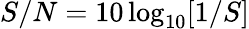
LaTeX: S/N=10\log_{10}[1/S]